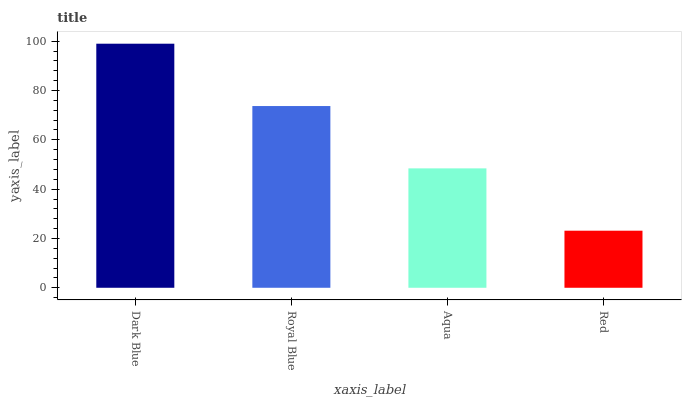
| xaxis_label | bars |
 | --- | --- |
 | Dark Blue | 99 |
 | Royal Blue | 73.7 |
 | Aqua | 48.4 |
 | Red | 23.1 |